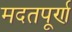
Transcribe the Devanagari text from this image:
मदतपूर्ण